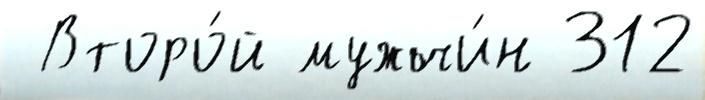
 Второ́й мужчи́н 312